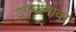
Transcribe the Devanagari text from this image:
उपयोगावर